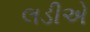
લડીએ